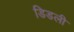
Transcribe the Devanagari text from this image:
डिडली